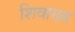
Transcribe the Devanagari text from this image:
शिवाख्य